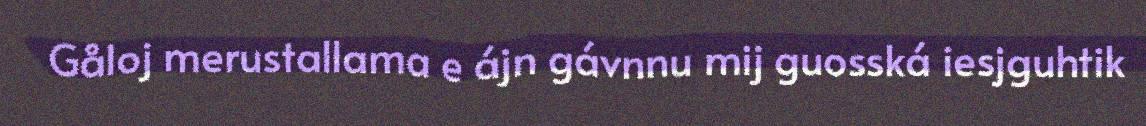
Gåloj merustallama e ájn gávnnu mij guosská iesjguhtik